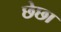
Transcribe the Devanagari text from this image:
छेछा